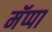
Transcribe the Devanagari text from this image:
मॅप्पा